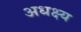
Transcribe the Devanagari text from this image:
अधक्ष्य